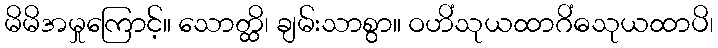
မိမိအမှုကြောင့်။ သောတ္ထိ၊ ချမ်းသာစွာ။ ဝဟိံသုယထာဂိံဓသုယထာပိ၊